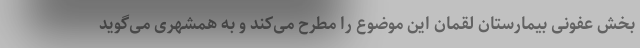
بخش عفونی بیمارستان لقمان این موضوع را مطرح می‌کند و به همشهری می‌گوید